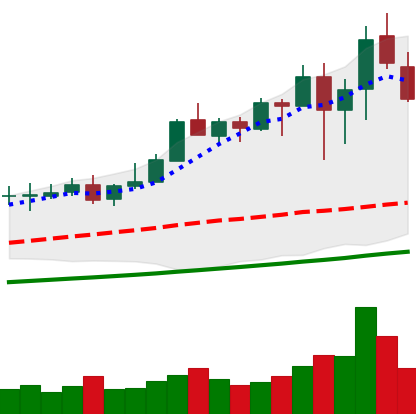
Ticker: XMR-USD
Chart end date: 2021-04-22
Forward return: 15.724%
Label: up_7plus